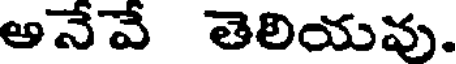
ఆనేవే తెలియవు.